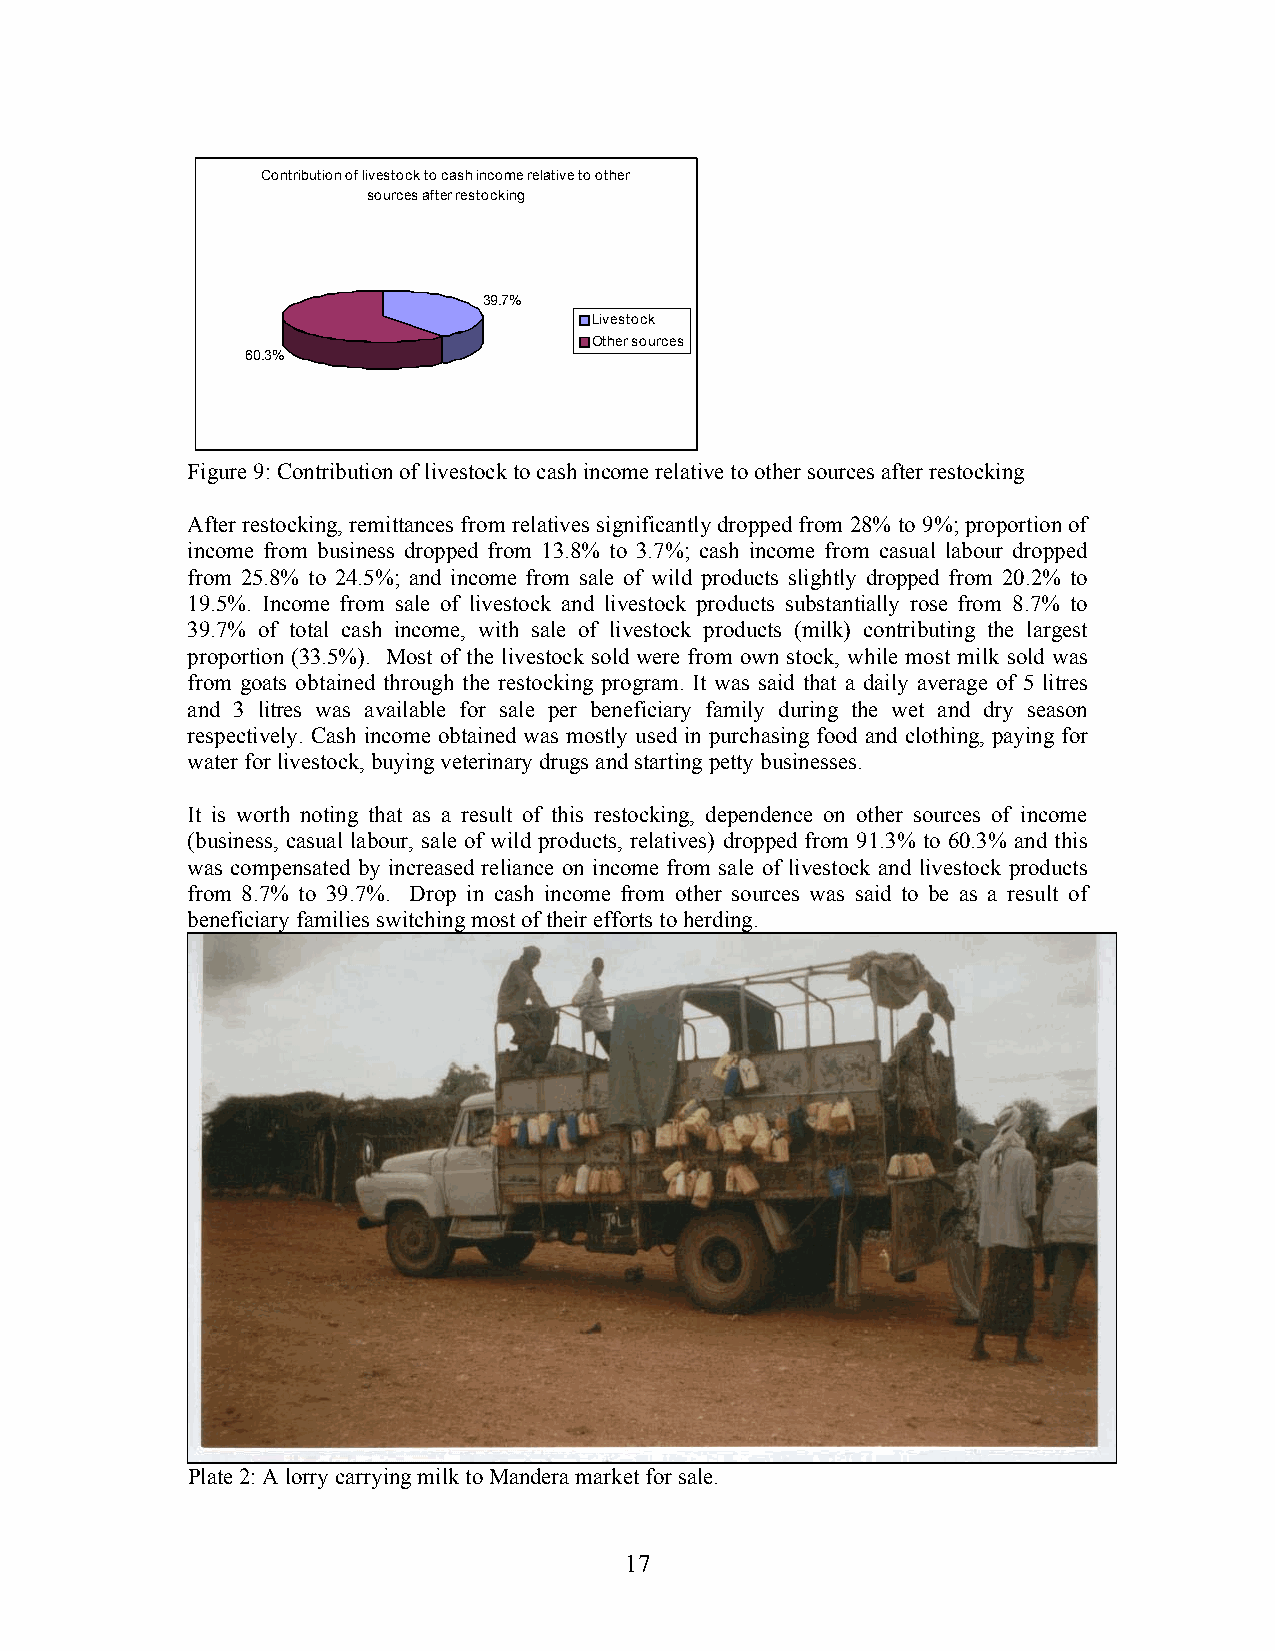
Contribution of livestock to cash income relative to other
 sources after restocking
 39.7%
 Livestock
 Other sources
 60.3%
 Figure 9: Contribution of livestock to cash income relative to other sources after restocking
 After restocking, remittances from relatives significantly dropped from 28% to 9%; proportion of
 income from business dropped from 13.8% to 3.7%; cash income from casual labour dropped
 from 25.8% to 24.5%; and income from sale of wild products slightly dropped from 20.2% to
 19.5%. Income from sale of livestock and livestock products substantially rose from 8.7% to
 39.7% of total cash income, with sale of livestock products (milk) contributing the largest
 proportion (33.5%). Most of the livestock sold were from own stock, while most milk sold was
 from goats obtained through the restocking program. It was said that a daily average of 5 litres
 and 3 litres was available for sale per beneficiary family during the wet and dry season
 respectively. Cash income obtained was mostly used in purchasing food and clothing, paying for
 water for livestock, buying veterinary drugs and starting petty businesses.
 It is worth noting that as a result of this restocking, dependence on other sources of income
 (business, casual labour, sale of wild products, relatives) dropped from 91.3% to 60.3% and this
 was compensated by increased reliance on income from sale of livestock and livestock products
 from 8.7% to 39.7%. Drop in cash income from other sources was said to be as a result of
 beneficiary families switching most of their efforts to herding.
 Plate 2: A lorry carrying milk to Mandera market for sale.
 17